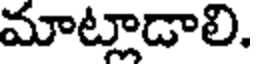
మాట్లాడాలి.